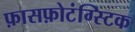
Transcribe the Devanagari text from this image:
फ़ासफ़ोटंग्स्टिक